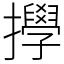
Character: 㩭